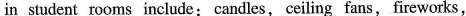
in student rooms include: candles,ceiling fans , fireworks，